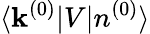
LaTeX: \langle\mathbf{k}^{(0)}|V|n^{(0)}\rangle